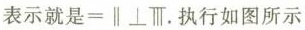
表示就是 。执行如图所示